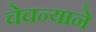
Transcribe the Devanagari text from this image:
चेचन्याने